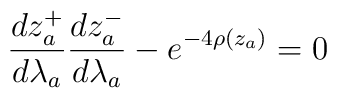
\frac{dz_a^+}{d\lambda_a}  \frac{dz_a^-}{d\lambda_a} - e^{-4\rho(z_a)} = 0